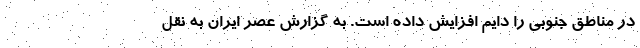
در مناطق جنوبی را دایم افزایش داده است. به گزارش عصر ایران به نقل